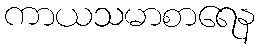
ကာယသမာစာရေန